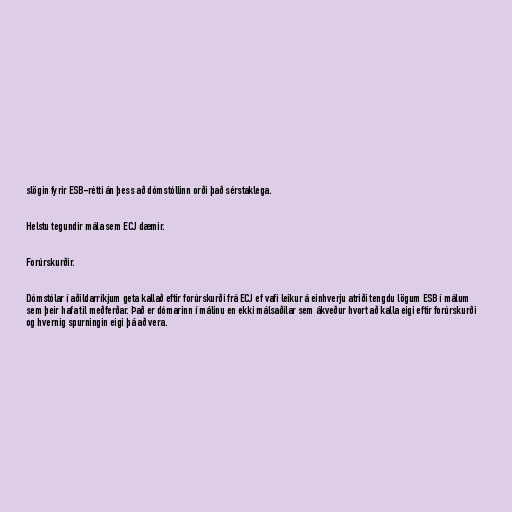
slögin fyrir ESB-rétti án þess að dómstóllinn orði það sérstaklega.

Helstu tegundir mála sem ECJ dæmir.

Forúrskurðir.

Dómstólar í aðildarríkjum geta kallað eftir forúrskurði frá ECJ ef vafi leikur á einhverju atriði tengdu lögum ESB í málum
sem þeir hafa til meðferðar. Það er dómarinn í málinu en ekki málsaðilar sem ákveður hvort að kalla eigi eftir forúrskurði
og hvernig spurningin eigi þá að vera.